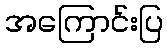
အကြောင်းပြ